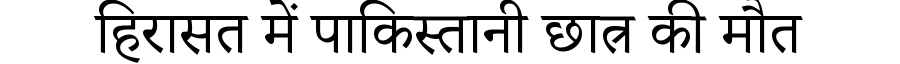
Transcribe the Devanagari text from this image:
हिरासत में पाकिस्तानी छात्र की मौत